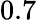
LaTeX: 0.7